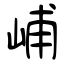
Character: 峬